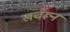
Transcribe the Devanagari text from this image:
खचरून